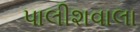
પાલીશવાલા